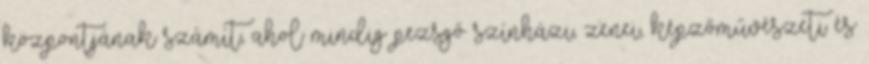
központjának számít, ahol mindig pezsgő színházi, zenei, képzőművészeti és